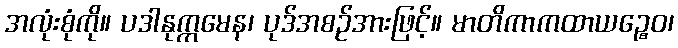
အလုံးစုံကို။ ပဒါနုက္ကမေန၊ ပုဒ်အစဉ်အားဖြင့်။ မာတိကာကထာယဉ္စေဝ၊